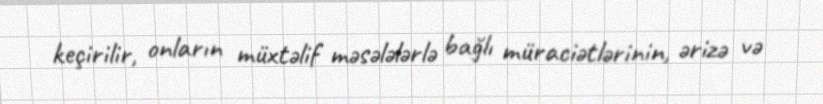
keçirilir, onların müxtəlif məsələlərlə bağlı müraciətlərinin, ərizə və